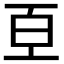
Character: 𭽈